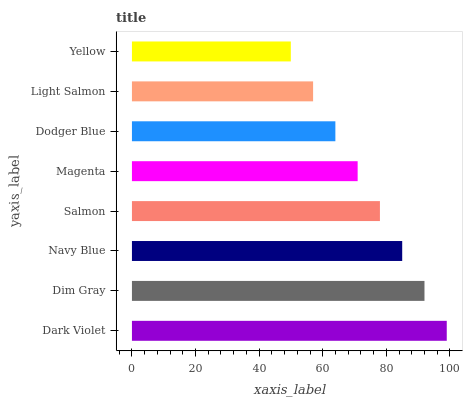
| yaxis_label | bars |
 | --- | --- |
 | Dark Violet | 99 |
 | Dim Gray | 92 |
 | Navy Blue | 85 |
 | Salmon | 78 |
 | Magenta | 71 |
 | Dodger Blue | 64 |
 | Light Salmon | 57 |
 | Yellow | 50 |